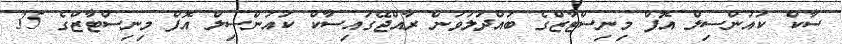
ސާކް ކައުންސިލް އޮފް މިނިސްޓާޒްގެ ބައްދަލުވުން ރާއްޖޭގައިސާކް ކައުންސިލް އޮފް މިނިސްޓާޒްގެ 35